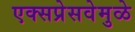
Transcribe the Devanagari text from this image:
एक्सप्रेसवेमुळे